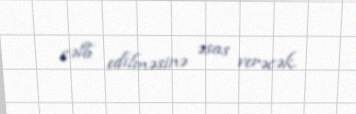
cəlb edilməsinə əsas verəcək.